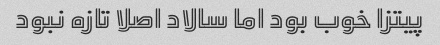
پیتزا خوب بود اما سالاد اصلا تازه نبود